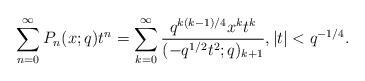
LaTeX: \begin{align*} \sum_{n=0}^{\infty}P_{n}(x;q)t^{n}=\sum_{k=0}^{\infty}\frac{q^{k(k-1)/4}x^{k}t^{k}}{(-q^{1/2}t^{2};q)_{k+1}}, |t|<q^{-1/4}.\end{align*}